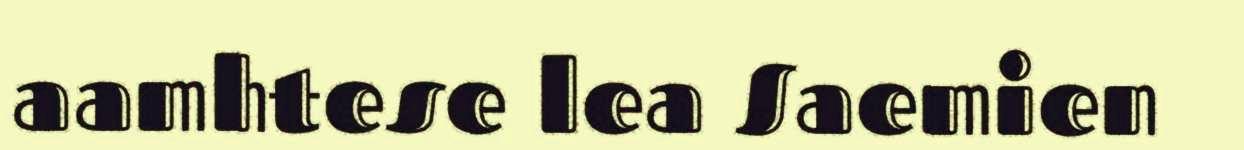
aamhtese lea Saemien